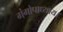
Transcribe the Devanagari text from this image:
गंगोपाध्याय।